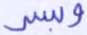
وبسر